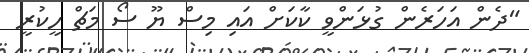
"ދެން އަހަރެން ގުޅަންވީ ކާކަށް އައި މިސް ޔޫ ސޯ މަޗް ހީކުރީ